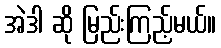
အဲဒါ ဆို မြည်းကြည့်မယ်။